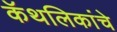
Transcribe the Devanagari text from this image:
कॅथलिकांचे